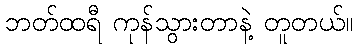
ဘတ်ထရီ ကုန်သွားတာနဲ့ တူတယ်။